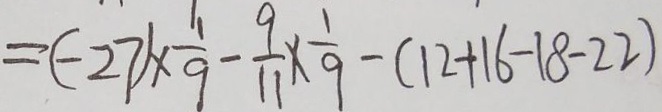
= ( - 2 7 ) \times \frac { 1 } { 9 } - \frac { 9 } { 1 1 } \times \frac { 1 } { 9 } - ( 1 2 + 1 6 - 1 8 - 2 2 )